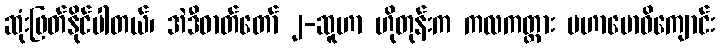
ဆုံးဖြတ်နိုင်ပါတယ်၊ အဲဒီဓာတ်တော် ၂-ဆူဟာ ဟိုတုန်းက ကလကတ္တား မဟာဗောဓိကျောင်း